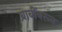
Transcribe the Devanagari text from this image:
बाबींवरून